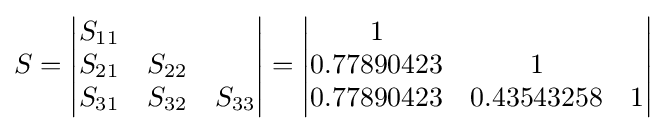
S={\begin{vmatrix}S_{11}\\S_{21}&S_{22}\\S_{31}&S_{32}&S_{33}\\\end{vmatrix}}={\begin{vmatrix}1\\0.77890423&1\\0.77890423&0.43543258&1\\\end{vmatrix}}